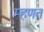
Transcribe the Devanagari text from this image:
म्‍हणत